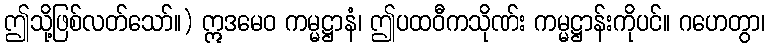
ဤသို့ဖြစ်လတ်သော်။) ဣဒမေဝ ကမ္မဋ္ဌာနံ၊ ဤပထဝီကသိုဏ်း ကမ္မဋ္ဌာန်းကိုပင်။ ဂဟေတွာ၊